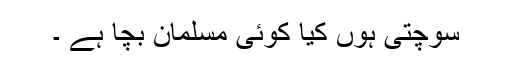
سوچتی ہوں کیا کوئی مسلمان بچا ہے ۔